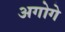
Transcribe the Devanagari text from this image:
अगोगे